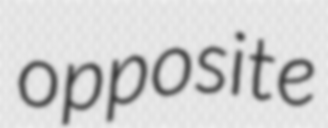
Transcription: opposite